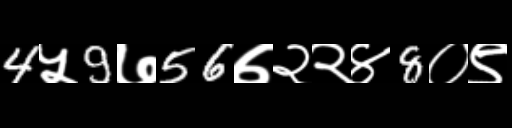
Text: 4५9७56७२२४8०९